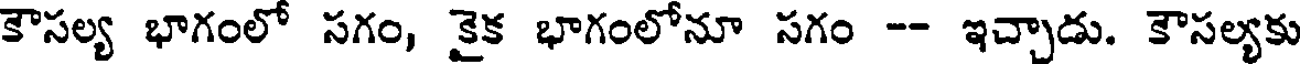
కౌసల్య భాగంలో సగం, కైక భాగంలోనూ సగం -- ఇచ్చాడు. కౌసల్యకు